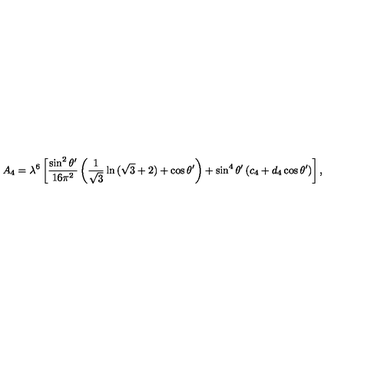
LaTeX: A _ { 4 } = \lambda ^ { 6 } \left[ { \frac { \sin ^ { 2 } \theta ^ { \prime } } { 1 6 \pi ^ { 2 } } } \left( { \frac { 1 } { \sqrt { 3 } } } \ln { ( \sqrt { 3 } + 2 ) } + \cos \theta ^ { \prime } \right) + \sin ^ { 4 } \theta ^ { \prime } \left( c _ { 4 } + d _ { 4 } \cos \theta ^ { \prime } \right) \right] ,